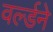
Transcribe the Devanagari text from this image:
वर्ल्डने